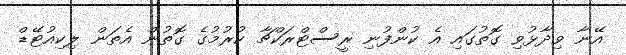
އޭނާ ވިދާޅުވި ގޮތުގައި އެ ކުންފުނި ރީސްޓްރަކްޗާ ކުރުމުގެ ގޮތުން އެތަން ލިކިއުޓޭޑް